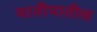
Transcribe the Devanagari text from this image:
यातीपातीस